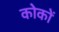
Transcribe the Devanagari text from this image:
कोकों